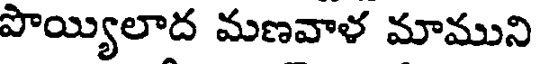
పొయ్యిలాద మణవాళ మాముని